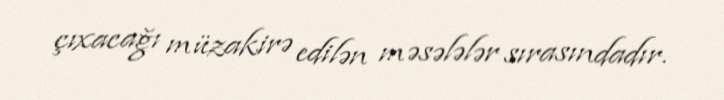
çıxacağı müzakirə edilən məsələlər sırasındadır.